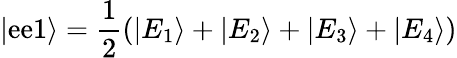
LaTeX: |\mathrm{e}\mathrm{e}1\rangle=\frac{{1}}{{2}}(|E_{1}\rangle+|E_{2}\rangle+|E_{3}\rangle+|E_{4}\rangle)